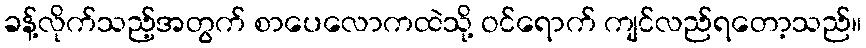
ခန့်လိုက်သည့်အတွက် စာပေလောကထဲသို့ ဝင်ရောက် ကျင်လည်ရတော့သည်။